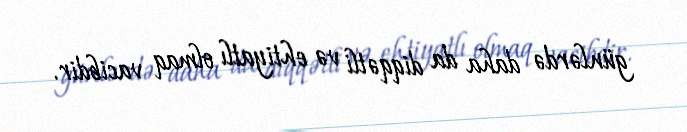
günlərdə daha da diqqətli və ehtiyatlı olmaq vacibdir.